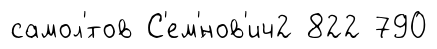
самол'́тов С'ем'́нов'ич2 822 790